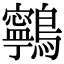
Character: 鸋